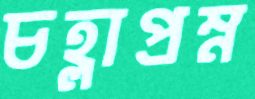
চহ্লাপ্রম্ন